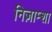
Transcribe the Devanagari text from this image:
निज़ाम्शा